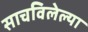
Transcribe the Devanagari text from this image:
साचविलेल्या